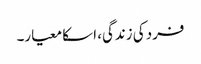
فرد کی زندگی، اسکا معیار۔